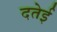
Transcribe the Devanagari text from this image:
दतेई